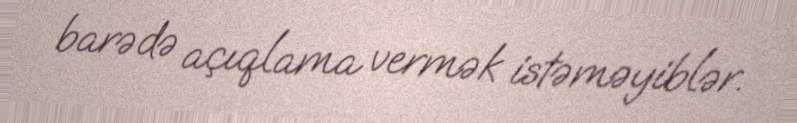
barədə açıqlama vermək istəməyiblər.